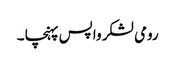
رومی لشکر واپس پہنچا ۔